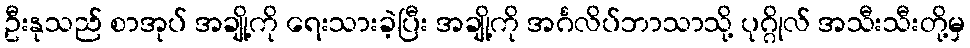
ဦးနုသည် စာအုပ် အချို့ကို ရေးသားခဲ့ပြီး အချို့ကို အင်္ဂလိပ်ဘာသာသို့ ပုဂ္ဂိုလ် အသီးသီးတို့မှ